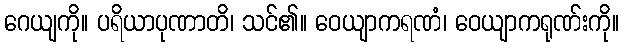
ဂေယျကို။ ပရိယာပုဏာတိ၊ သင်၏။ ဝေယျာကရဏံ၊ ဝေယျာကရုဏ်းကို။